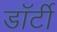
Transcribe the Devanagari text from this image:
डॉर्टी